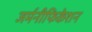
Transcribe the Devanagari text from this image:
जर्मनीफिकेशन